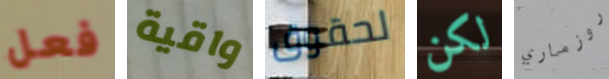
فعل واقية لحقوق لكن روزماري